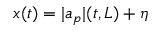
x ( t ) = | a _ { p } | ( t , L ) + \eta